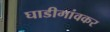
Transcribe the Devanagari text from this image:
घाडीगांवकर